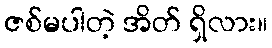
ဇစ်မပါတဲ့ အိတ် ရှိလား။